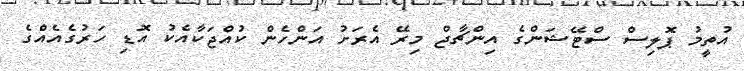
އުތީމު ޕޮލިސް ސްޓޭޝަންގެ އިންޗާޖް މިރޭ އެރަށު އަންހެން ކުއްޖަކާއެކު އޮޑި ހަރުގެއެއްގެ